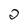
Character: 2